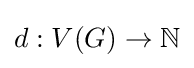
d:V(G)\to \mathbb {N}